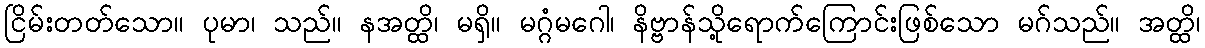
ငြိမ်းတတ်သော။ ပုမာ၊ သည်။ နအတ္ထိ၊ မရှိ။ မဂ္ဂံမဂေါ၊ နိဗ္ဗာန်သို့ရောက်ကြောင်းဖြစ်သော မဂ်သည်။ အတ္ထိ၊